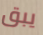
يبق